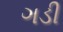
ગડી